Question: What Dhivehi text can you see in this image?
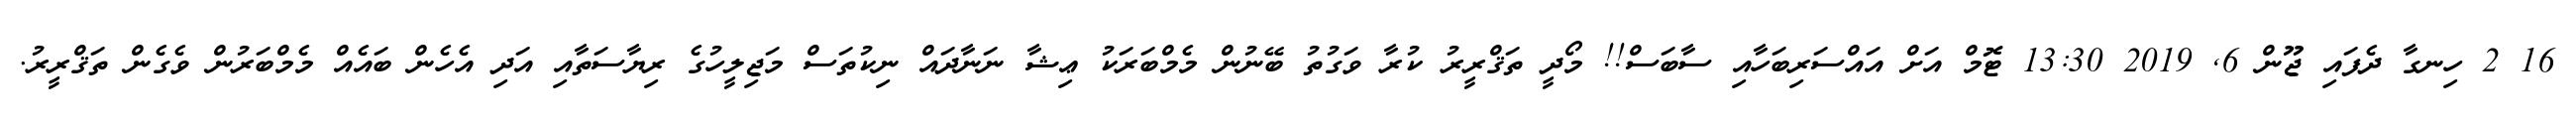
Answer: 16 2 ހިނގާ ދެފައި ޖޫން 6, 2019 13:30 ޓޮމް އަށް އައްސަރިބަހާއި ސާބަސް!! މޯދީ ތަޤްރީރު ކުރާ ވަގުތު ބޭނުން މެމްބަރަކު ޢިޝާ ނަނާދައް ނިކުތަސް މަޖިލީހުގެ ރިޔާސަތާއި އަދި އެހެން ބައެއް މެމްބަރުން ވެގެން ތަޤްރީރު.